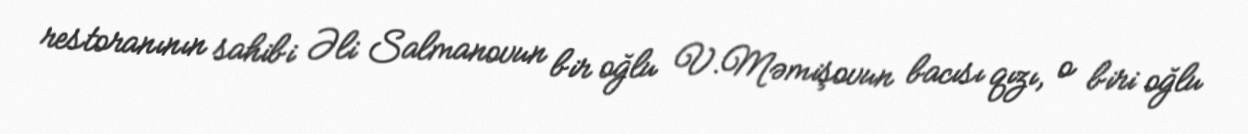
restoranının sahibi Əli Salmanovun bir oğlu V.Məmişovun bacısı qızı, o biri oğlu